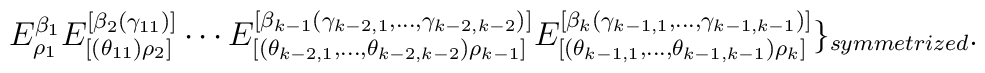
E_{\rho_{1}}^{\beta_{1}}E_{[(\theta_{11})\rho_{2}]}^{[\beta_{2}(\gamma_{11})]}\cdots E_{[(\theta_{k-2,1},\ldots,\theta_{k-2,k-2})\rho_{k-1}]}^{[\beta_{k-1}(\gamma_{k-2,1},\ldots,\gamma_{k-2,k-2})]}E_{[(\theta_{k-1,1},\ldots,\theta_{k-1,k-1})\rho_{k}]}^{[\beta_{k}(\gamma_{k-1,1},\ldots,\gamma_{k-1,k-1})]}\}_{symmetrized}.